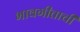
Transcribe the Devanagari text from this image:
भावगीताची